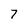
Character: 7